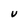
Character: V